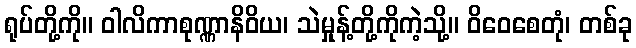
ရုပ်တို့ကို။ ဝါလိကာစုဏ္ဏာနိဝိယ၊ သဲမှုန့်တို့ကိုကဲ့သို့။ ဝိဝေစေတုံ၊ တစ်ခု